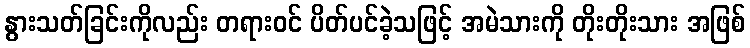
နွားသတ်ခြင်းကိုလည်း တရားဝင် ပိတ်ပင်ခဲ့သဖြင့် အမဲသားကို တိုးတိုးသား အဖြစ်